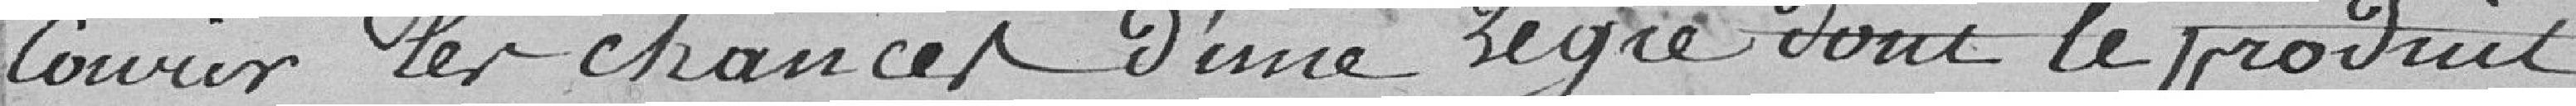
courir les chance d'une régie dont le produit